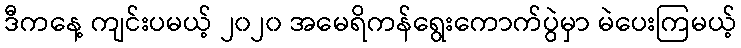
ဒီကနေ့ ကျင်းပမယ့် ၂၀၂၀ အမေရိကန်ရွေးကောက်ပွဲမှာ မဲပေးကြမယ့်